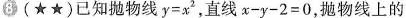
8(★★)已知抛物线$$y = x ^ { 2 }$$，直线$$x - y - 2 = 0$$，抛物线上的